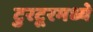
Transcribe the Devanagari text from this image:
टुरटूरमध्ये